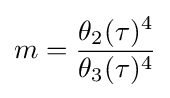
m={\frac {\theta _{2}(\tau )^{4}}{\theta _{3}(\tau )^{4}}}